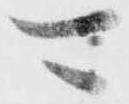
可